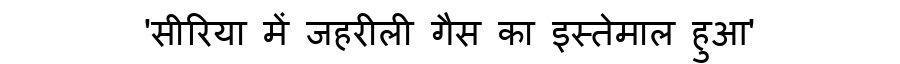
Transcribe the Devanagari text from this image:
'सीरिया में जहरीली गैस का इस्तेमाल हुआ'